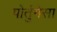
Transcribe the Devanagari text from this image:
पोर्तुगेसा